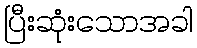
ပြီးဆုံးသောအခါ